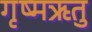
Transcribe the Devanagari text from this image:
गृष्‍मऋतु